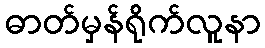
ဓာတ်မှန်ရိုက်လူနာ